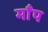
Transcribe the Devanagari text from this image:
माँप